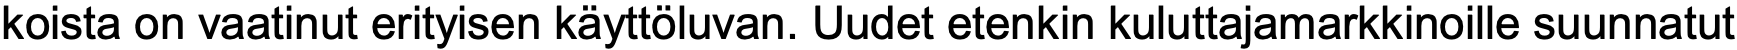
koista on vaatinut erityisen käyttöluvan. Uudet etenkin kuluttajamarkkinoille suunnatut